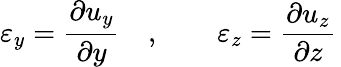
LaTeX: \varepsilon_{y}={\frac{\partial u_{y}}{\partial y}}\quad,\qquad\varepsilon_{z}={\frac{\partial u_{z}}{\partial z}}\,